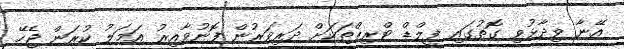
އޭނާ ވިދާޅުވި ގޮތުގައި ފީލްޑް ޓްރިޕްތަކަށް ދަރިވަރުން ފޮނުވާއިރު އަމަލު ކުރަން ޖެހޭ